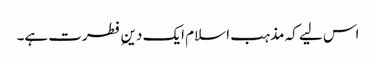
اس لیے کہ مذہب اسلام ایک دینِ فطرت ہے۔